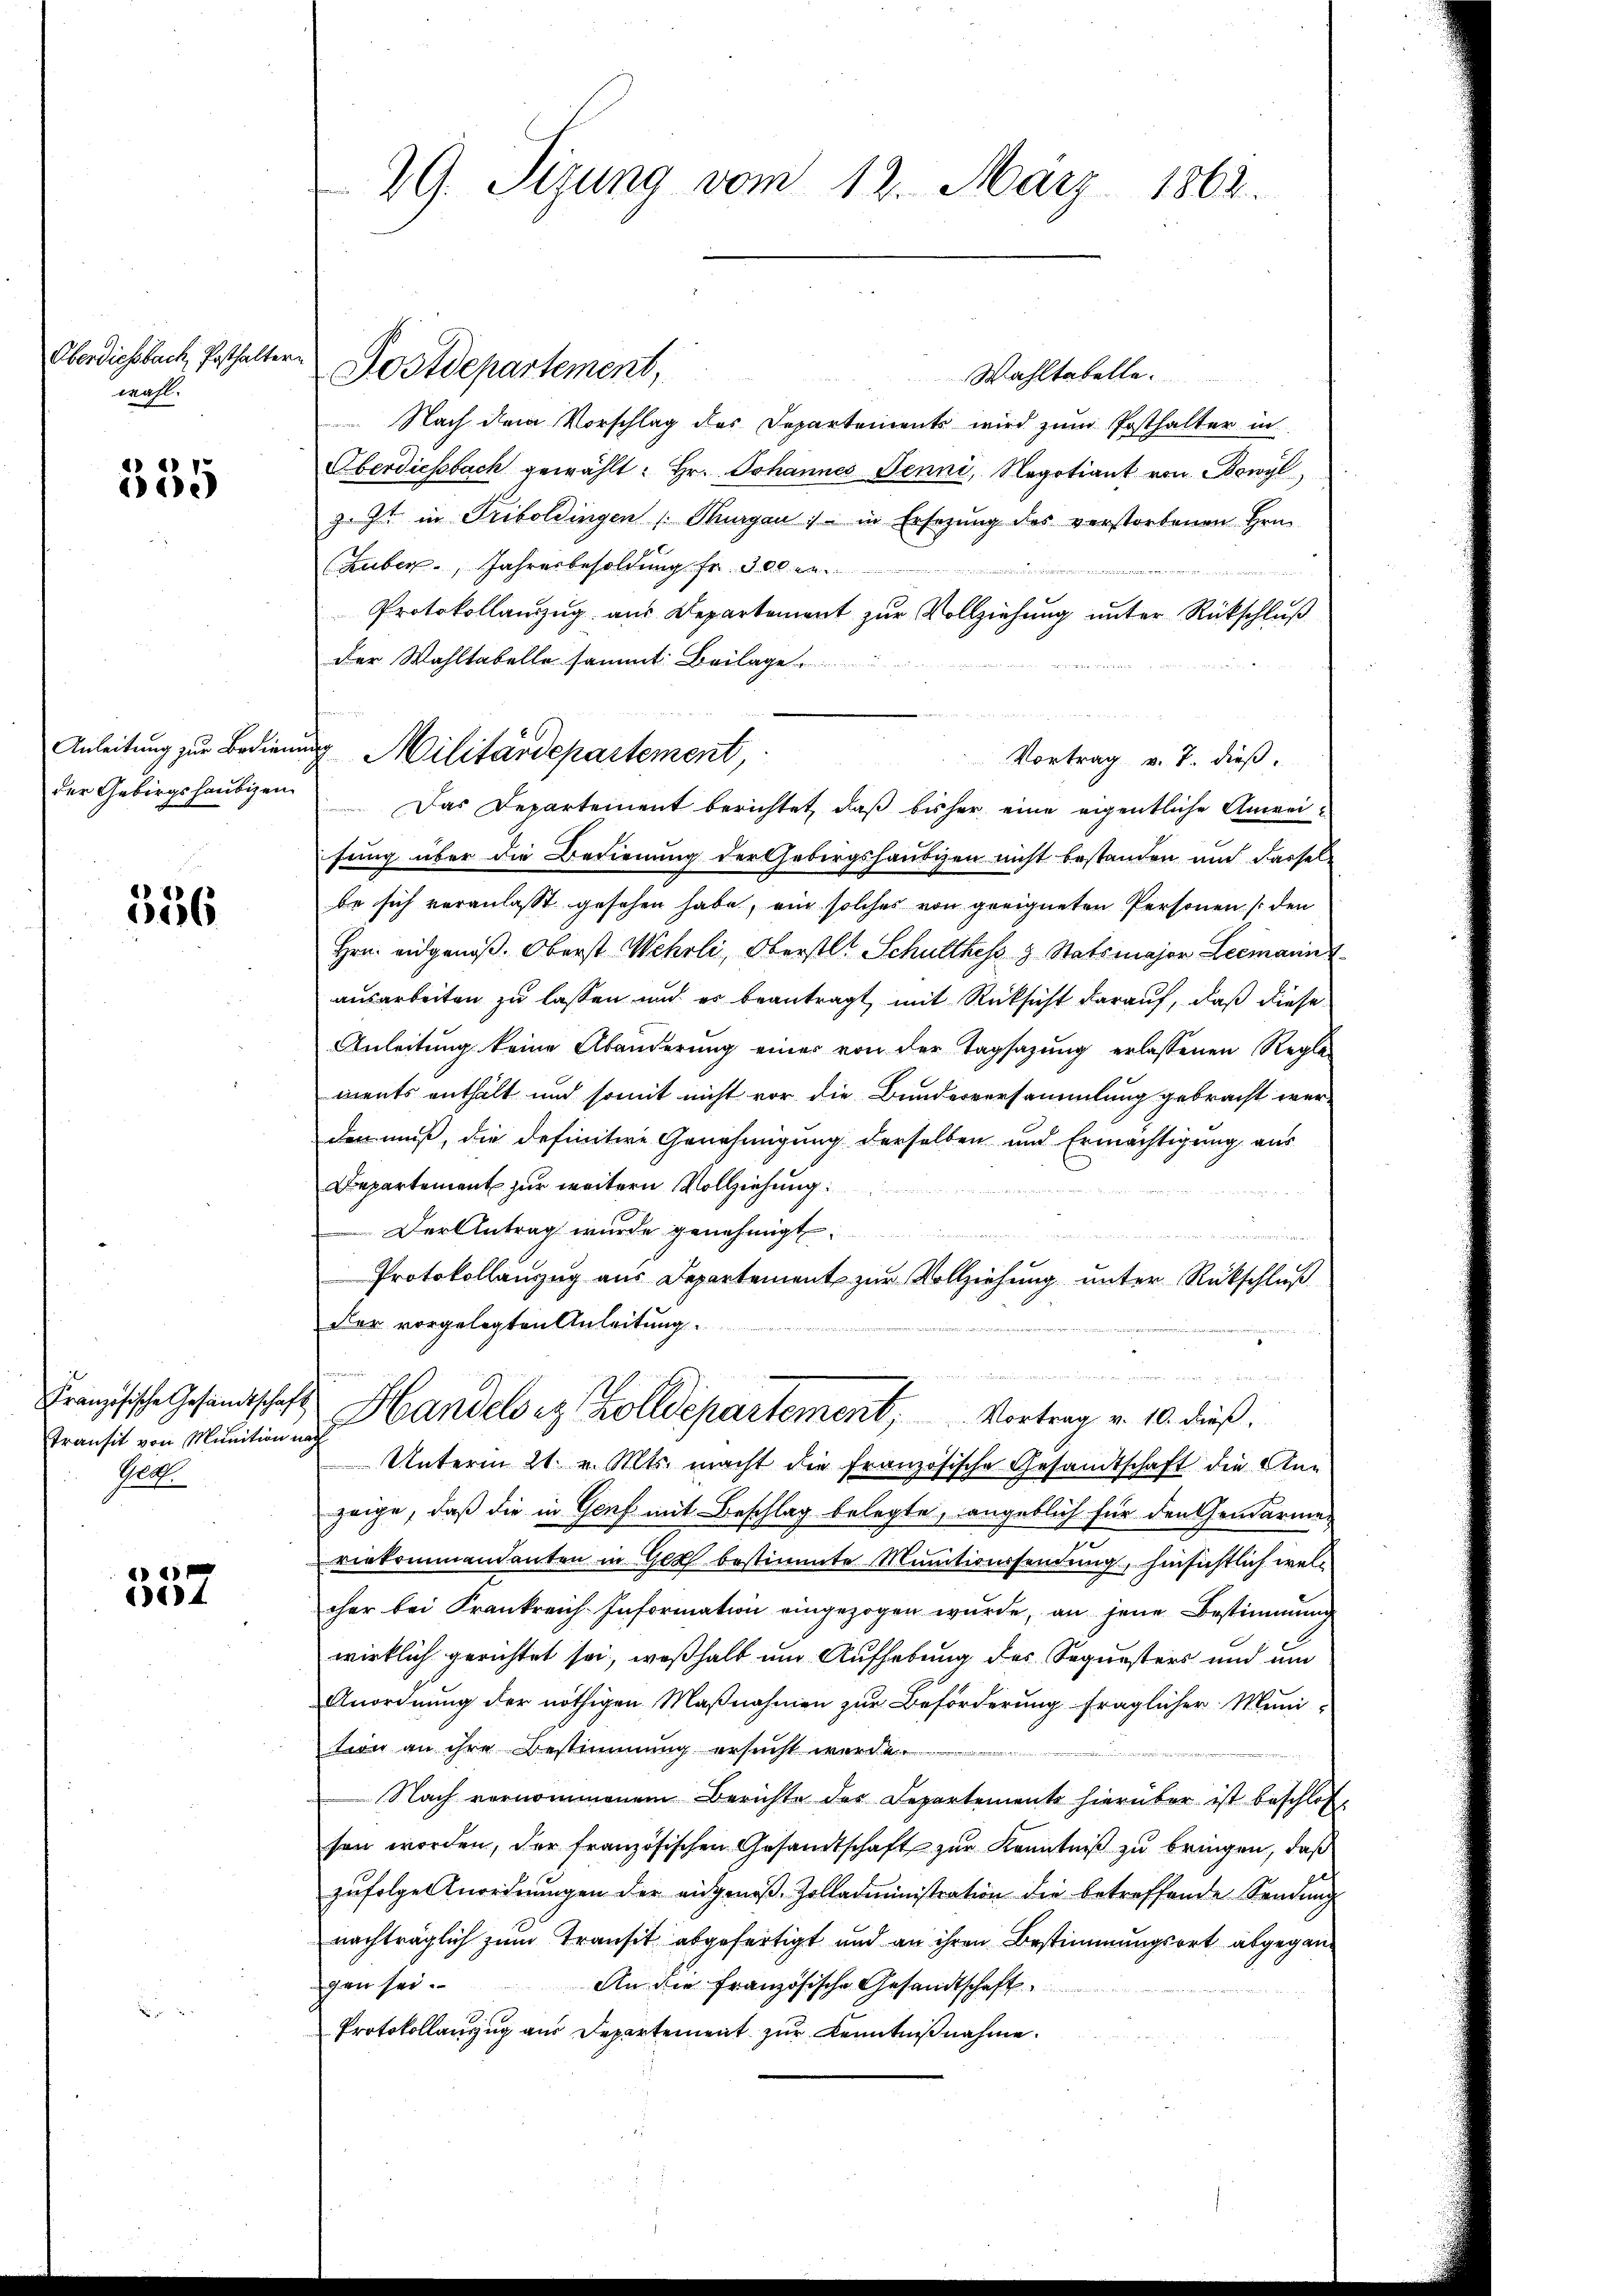
Oberdiesbach, Posthaltern
wahl.

355

Anleitung zur Bediene
der Gebirgshaubigen

536

Französische Gesandtschaft
transit von Munition
Rech

357

29. Sizung vom 12. März 1862.

Postdepartement,
Wahltabelle.
 Nach dem Vorschlag des Departements wird zum Posthalter in
Oberdiesbach gewählt: Hr. Johannes Jenni, Negotiant von Bowyl,
z zu in Triboldingen Thurgau, in Ersezung des verstorbenen Hrn.
Huber, Jahresbesoldung fr. 300 r
Protokollanzzug aus Departement zur Vollziehung unter Rückschluß
der Wahltabelle sammt Beilage
Vortrag v. J. dieß.
Das Departement berichtet, daß bisher eine eigentliche Anweifung über die Bedienung der hebergshaubigen nicht bestanden und Fassel-
be sich veranlaßt gesehen habe, ein solches von geeigneten Personen (den
Hrn. eidgenoß. Oberst Wehrli, Oberstl. Schulthes 3 Stabsmajor Leemann
ausarbeiten zu lassen und es beantragt, mit Rücksicht darauf, daß diese
Anleitung keine Abänderŭng einer von der Tagsazung erlassenen Regle-
ments enthält und somit nicht vor die Bundesversammlung gebracht wer-
den muß, die definitive Genehmigung derselben und Ermächtigung aus
Departement zur weitern Vollziehung
Der Antrag wurde genehmigt.
Protokollauszug aus Departement zur Vollziehung unter Rückschluß
Der vorgelegten Anleitung.
eartet der Herrenten
Handels es Zolldepartement,        Vortrag v. 10. dieß.
oh
Unterm 21. v. Mts. macht die Französische Gesandtschaft die Anzeige, daß die in Genf mit Beschlag belegte, angeblich für den Gendarmer
viekommandanten in Ger bestimmte Mentionssendung, hinsichtlich welcher bei Frankreich Information eingezogen wurde, an jene Bestimmung
wirklich gerichtet sei, weßhalb um Aufhebung des Sequesters und um
Anordnung der nöthigen Maßnahmen zur Beförderung fraglicher Muni-
ton an ihre Bestimmung ersucht werde.
Nach vernommenem Berichte der Departemente hierüber ist beschloßsen worden, der französischen Gesandtschaft zur Kenntniß zu bringen, daß
zufolger Anordnungen der angenoß-Zolladministration die betreffende Sendung
nachträglich zum Transit abgefertigt und an ihren Bestimmungsort abgegan¬
An die französische Gesandtschaft
gen sei.
A
Protokollauszug aus Departement zur Kenntnißnahme.

ung Militärdepartement,

Sette sicht de